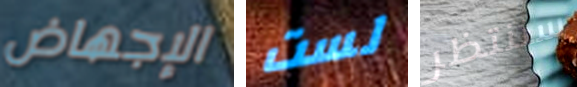
الإجهاض لست سننتظر